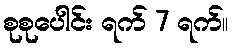
စုစုပေါင်း ရက် 7 ရက်။